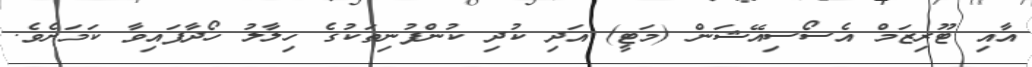
އާއި ޓޫރިޒަމް އެސޯސިއޭޝަން (މަޓީ) އަދި ކުދި ކުންފުނިތަކުގެ ހިލާލު ހޯދާފައިވާ ކަމަށެވެ.